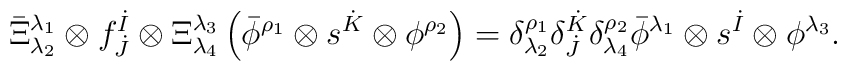
\bar{\Xi}^{\lambda_1}_{\lambda_2} \otimes f^{\dot{I}}_{\dot{J}} \otimes \Xi^{\lambda_3}_{\lambda_4}   \left( \bar{\phi}^{\rho_1} \otimes s^{\dot{K}} \otimes \phi^{\rho_2} \right) =   \delta^{\rho_1}_{\lambda_2} \delta^{\dot{K}}_{\dot{J}} \delta_{\lambda_4}^{\rho_2}   \bar{\phi}^{\lambda_1} \otimes s^{\dot{I}} \otimes \phi^{\lambda_3}.